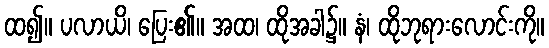
ထ၍။ ပလာယိ၊ ပြေး၏။ အထ၊ ထိုအခါ၌။ နံ၊ ထိုဘုရားလောင်းကို။